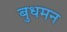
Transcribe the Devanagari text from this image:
बुधमन